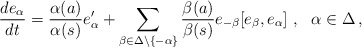
\begin{align*}\frac{de_\alpha}{dt}=\frac{\alpha(a)}{\alpha(s)}e_\alpha^\prime+\sum_{\beta\in\Delta\backslash\{-\alpha\}}\frac{\beta(a)}{\beta(s)}e_{-\beta}[e_\beta,e_\alpha]\,\,,\,\,\,\,\alpha\in\Delta\,,\end{align*}